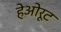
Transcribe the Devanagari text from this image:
हेओरूट